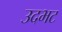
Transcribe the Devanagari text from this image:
उदभट